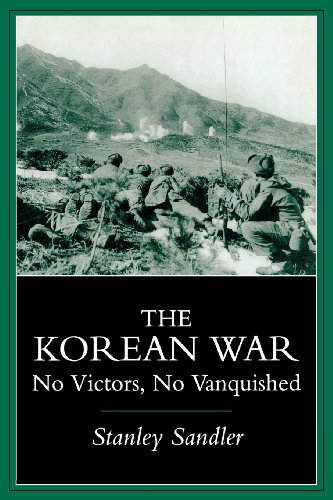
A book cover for The Korean War: No Victors, No Vanquished; Stanley Sandler; History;